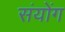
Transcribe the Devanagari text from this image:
संयोंग